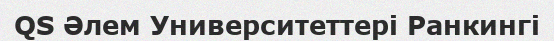
QS Әлем Университеттері Ранкингі